Vaccination in the Punjab 1867-1880 - 1867-1880
Year: 1867
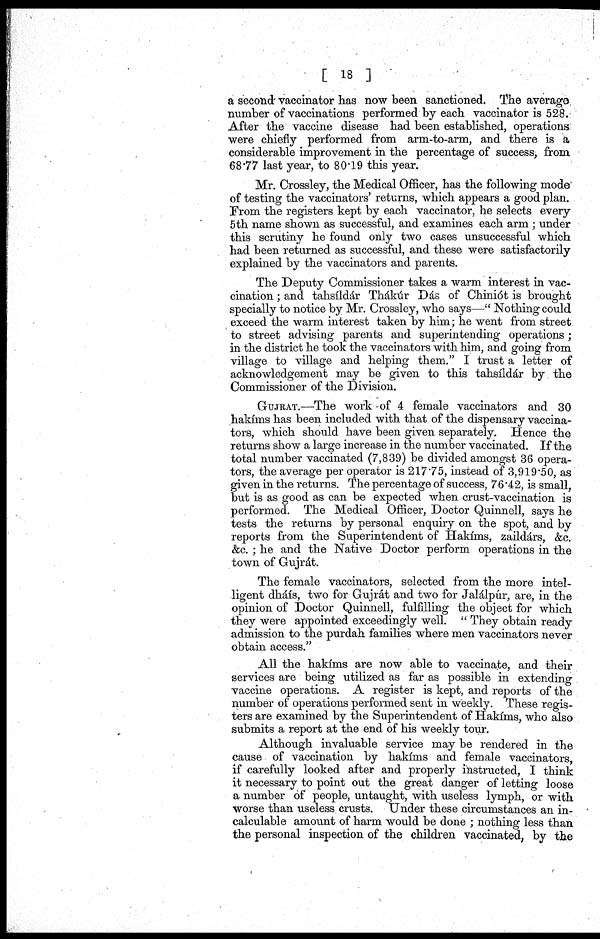
[ 18 ]
a second vaccinator has now been sanctioned. The average
number of vaccinations performed by each vaccinator is 528.
After the vaccine disease had been established, operations
were chiefly performed from arm-to-arm, and there is a
considerable improvement in the percentage of success, from
68.77 last year, to 80.19 this year.
Mr. Crossley, the Medical Officer, has the following mode
of testing the vaccinators' returns, which appears a good plan.
From the registers kept by each vaccinator, he selects every
5th name shown as successful, and examines each arm ; under
this scrutiny he found only two cases unsuccessful which
had been returned as successful, and these were satisfactorily
explained by the vaccinators and parents.
The Deputy Commissioner takes a warm interest in vac¬
cination ; and tahsíldár Thákúr Dás of Chiniót is brought
specially to notice by Mr. Crossley, who says—" Nothing could
exceed the warm interest taken by him; he went from street
to street advising parents and superintending operations;
in the district he took the vaccinators with him, and going from
village to village and helping them." I trust a letter of
acknowledgement may be given to this tahsíldár by the
Commissioner of the Division.
GUJRAT.—The work of 4 female vaccinators and 30
hakíms has been included with that of the dispensary vaccina¬
tors, which should have been given separately. Hence the
returns show a large increase in the number vaccinated. If the
total number vaccinated (7,839) be divided amongst 36 opera-
tors, the average per operator is 217.75, instead of 3,919.50, as
given in the returns. The percentage of success, 76.42, is small,
but is as good as can be expected when crust-vaccination is
performed. The Medical Officer, Doctor Quinnell, says he
tests the returns by personal enquiry on the spot, and by
reports from the Superintendent of Hakíms, zaildárs, &c.
&c. ; he and the Native Doctor perform operations in the
town of Gujrát.
The female vaccinators, selected from the more intel¬
ligent dháís, two for Gujrát and two for Jalálpúr, are, in the
opinion of Doctor Quinnell, fulfilling the object for which
they were appointed exceedingly well. " They obtain ready
admission to the purdah families where men vaccinators never
obtain access."
All the hakíms are now able to vaccinate, and their
services are being utilized as far as possible in extending
vaccine operations. A register is kept, and reports of the
number of operations performed sent in weekly. These regis¬
ters are examined by the Superintendent of Hakíms, who also
submits a report at the end of his weekly tour.
Although invaluable service may be rendered in the
cause of vaccination by hakims and female vaccinators,
if carefully looked after and properly instructed, I think
it necessary to point out the great danger of letting loose
a number of people, untaught, with useless lymph, or with
worse than useless crusts. Under these circumstances an in-
calculable amount of harm would be done ; nothing less than
the personal inspection of the children vaccinated, by the